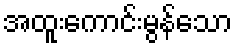
အထူးကောင်းမွန်သော